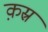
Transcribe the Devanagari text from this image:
क़स्र